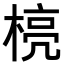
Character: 𪳄